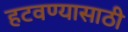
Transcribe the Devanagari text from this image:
हटवण्यासाठी